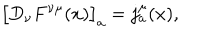
LaTeX: \bigl [ D _ { \nu } F ^ { \nu \mu } ( x ) \bigr ] _ { a } = j _ { a } ^ { \mu } ( x ) ,